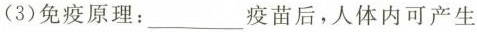
(3)免疫原理：____疫苗后，人体内可产生